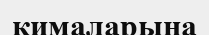
қималарына